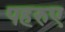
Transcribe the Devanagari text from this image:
पहरुए